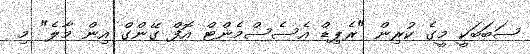
ސަބަބަކީ މީގެ ކުރިން "ރެޕިޑް އެސެސްމެންޓް އޮފް ގޭންގް އިން މާލެ" މި